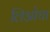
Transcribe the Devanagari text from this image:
लिओचा